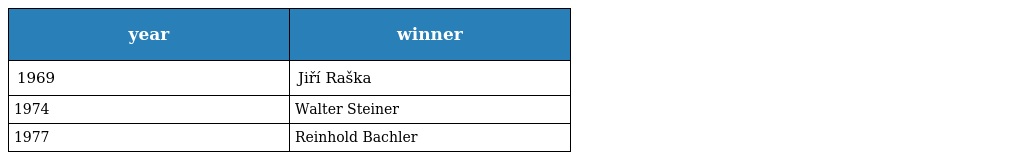
| year | winner |
 | --- | --- |
 | 1969 | Jiří Raška |
 | 1974 | Walter Steiner |
 | 1977 | Reinhold Bachler |